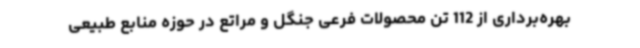
بهره‌برداری از 112 تن محصولات فرعی جنگل و مراتع در حوزه منابع طبیعی